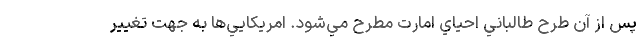
پس از آن طرح طالباني احياي امارت مطرح مي‌شود. امريكايي‌ها به جهت تغيير